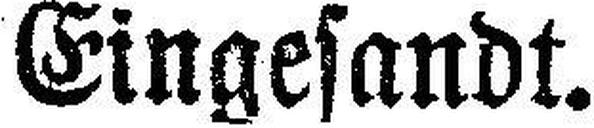
Eingesandt.